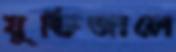
যুক্তিজালে